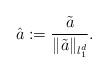
LaTeX: \begin{align*}\hat a:=\frac{\tilde a}{\|\tilde a\|_{l_1^d}}.\end{align*}